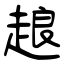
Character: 𧻴